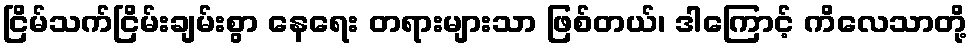
ငြိမ်သက်ငြိမ်းချမ်းစွာ နေရေး တရားများသာ ဖြစ်တယ်၊ ဒါကြောင့် ကိလေသာတို့